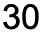
30